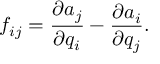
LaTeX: f _ { i j } = \frac { \partial a _ { j } } { \partial q _ { i } } - \frac { \partial a _ { i } } { \partial q _ { j } } .